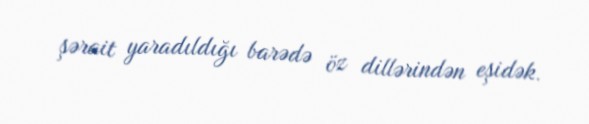
şərait yaradıldığı barədə öz dillərindən eşidək.